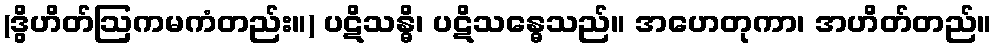
(ဒွိဟိတ်ဩကမကံတည်း။) ပဋိသန္ဓိ၊ ပဋိသန္ဓေသည်။ အဟေတုကာ၊ အဟိတ်တည်။